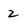
Character: 2